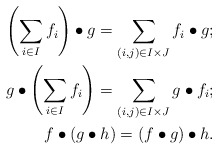
\begin{align*}\left(\sum_{i\in I}f_i\right)\bullet g=\sum_{(i,j)\in I\times J} f_i\bullet g;\\g\bullet \left(\sum_{i\in I}f_i\right)=\sum_{(i,j)\in I\times J} g\bullet f_i;\\f\bullet (g\bullet h)=(f\bullet g)\bullet h.\end{align*}